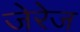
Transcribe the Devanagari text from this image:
जेरेज